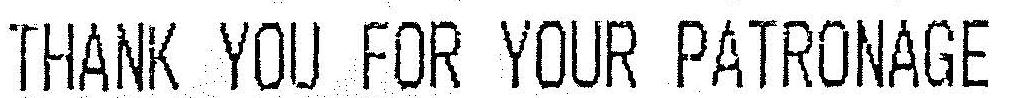
THANK YOU FOR YOUR PATRONAGE